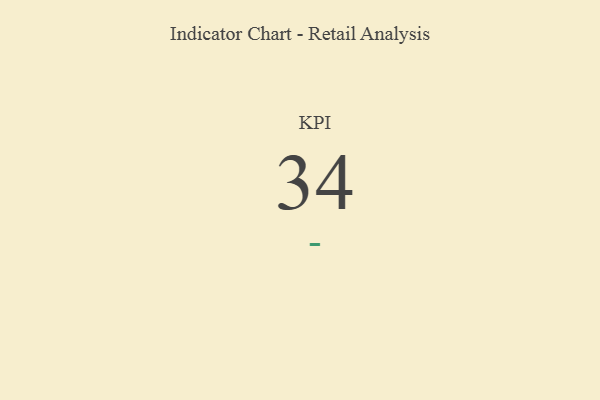
{"axis": {"x": "KPI", "y": "Value"}, "legend": [""], "data": [{"x": "KPI", "y": 34, "type": ""}]}